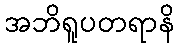
အဘိရူပတရာနိ